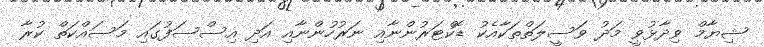
ޝިޔާމް ވިދާޅުވީ މަދު ވަސީލަތްތަކާއެކު ޑޮކްޓަރުންނާއި ނަރުހުންނާއި އަދި އިސްސަފުގައި މަސައްކަތް ކުރާ